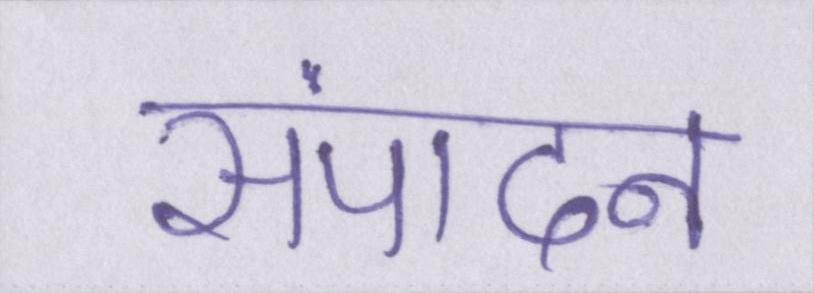
संपादन